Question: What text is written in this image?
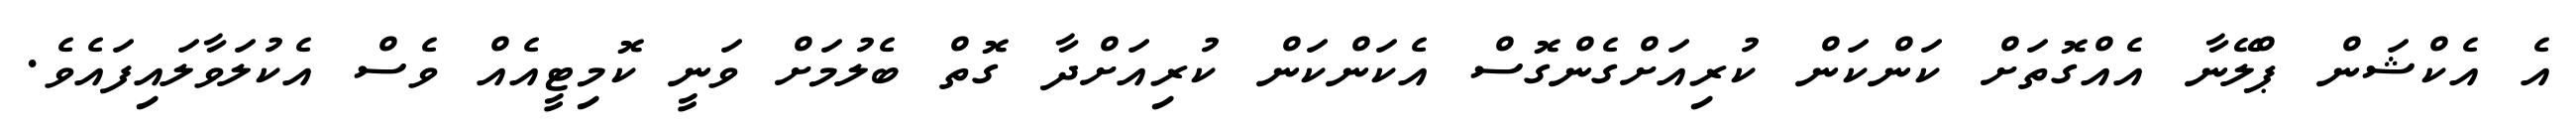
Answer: އެ އެކްޝަން ޕްލޭނާ އެއްގޮތަށް ކަންކަން ކުރިއަށްގެންގޮސް އެކަންކަން ކުރިއަށްދާ ގޮތް ބެލުމަށް ވަނީ ކޮމިޓީއެއް ވެސް އެކުލަވާލައިފައެވެ.